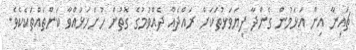
ޗައިނާ އިން އަޅަމުން ގެންދާ ފިޔަވަޅުތަކަށް ރައްދެއް ދެއްވުމުގެ ގޮތުން ހުށަހަޅުއްވާ ކަންތައްތަކެކެވެ.